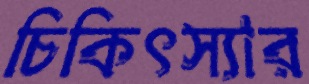
চিকিৎস্যার